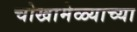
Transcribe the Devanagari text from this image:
चोखामेळ्याच्या